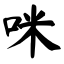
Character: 咪